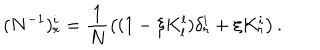
( N ^ { - 1 } ) _ { r } ^ { i } = \frac { 1 } { N } \left( ( 1 - \xi K _ { l } ^ { l } ) \delta _ { r } ^ { i } + \xi K _ { r } ^ { i } \right) .